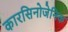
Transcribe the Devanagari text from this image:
कारसिनोजेनिक